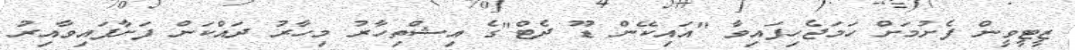
ޒީޓީވީން ފެށުމަށް ހަމަޖެހިފައިވާ "އައިކޭން ޑޫ ދެޓް"ގެ އިޝްތިހާރު މިހާރު ދައްކަން ފަށާފައިވާއިރު